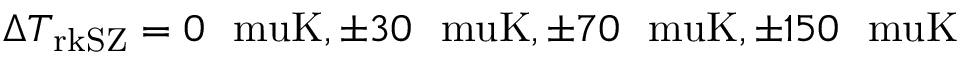
\Delta T _ { \mathrm { r k S Z } } = 0 ~ \mathrm { \ m u K } , \pm 3 0 ~ \mathrm { \ m u K } , \pm 7 0 ~ \mathrm { \ m u K } , \pm 1 5 0 ~ \mathrm { \ m u K }